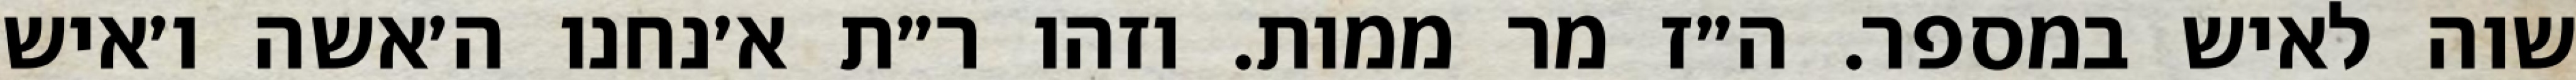
שוה לאיש במספר. ה״ז מר ממות. וזהו ר״ת א׳נחנו ה׳אשה ו׳איש